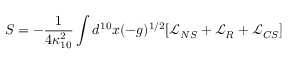
S = - \frac { 1 } { 4 \kappa _ { 1 0 } ^ { 2 } } \int d ^ { 1 0 } x ( - g ) ^ { 1 / 2 } [ \mathcal { L } _ { N S } + \mathcal { L } _ { R } + \mathcal { L } _ { C S } ]